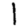
Digit: 1